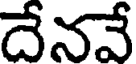
దేనవే